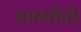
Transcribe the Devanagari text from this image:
आरसीबी